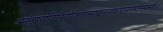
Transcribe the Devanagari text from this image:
अनंतरूपेविनियोजितात्माह्यनन्तरूपायनमोनमस्ते॥